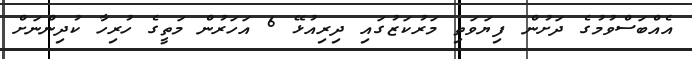
އެއްބަސްވުމުގެ ދަށުން ފިޔަވަތި މަރުކަޒުގައި ދިރިއުޅޭ 6 އަހަރުން މަތީގެ ހުރިހާ ކުދިންނަށް